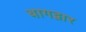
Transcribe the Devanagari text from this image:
बागद्वार